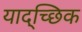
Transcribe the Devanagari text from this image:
याद्च्छिक